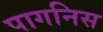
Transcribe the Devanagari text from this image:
पागनिस